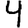
Digit: 4